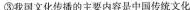
③我国文化传播的主要内容是中国传统文化